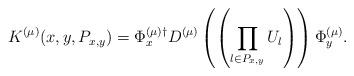
\begin{align*}K^{(\mu)} (x, y , P_{x,y}) = \Phi_x^{(\mu) \dagger} D^{(\mu)}\left( \left( \prod_{l \in P_{x,y}} U_l \right) \right) \Phi_y^{(\mu)}.\end{align*}